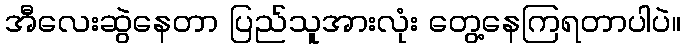
အီလေးဆွဲနေတာ ပြည်သူအားလုံး တွေ့နေကြရတာပါပဲ။